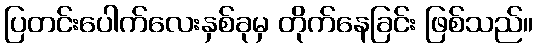
ပြတင်းပေါက်လေးနှစ်ခုမှ တိုက်နေခြင်း ဖြစ်သည်။